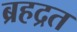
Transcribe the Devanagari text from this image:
ब्रहद्रत